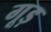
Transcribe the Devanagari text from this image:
गूड़